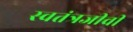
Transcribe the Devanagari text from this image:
स्वतंत्रजीवी